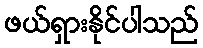
ဖယ်ရှားနိုင်ပါသည်